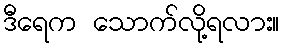
ဒီရေက သောက်လို့ရလား။